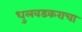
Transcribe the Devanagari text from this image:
धुलवडकराचा